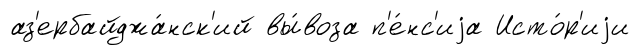
аз'ербайджа́нск'ий вы́воза п'е́нс'иjа Исто́р'иjи